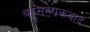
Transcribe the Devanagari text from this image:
बहुसंख्यकवाद